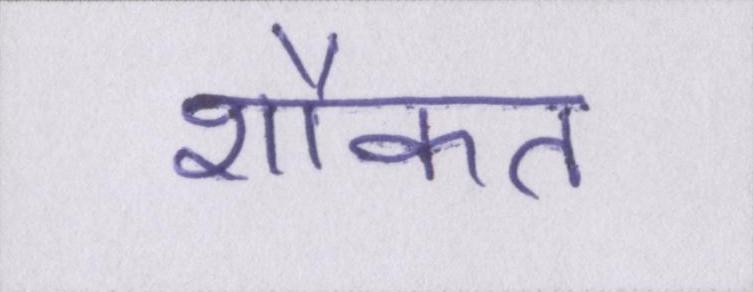
शौकत